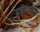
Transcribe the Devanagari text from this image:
प्रबोधनच्या